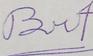
Signature authenticity: forged